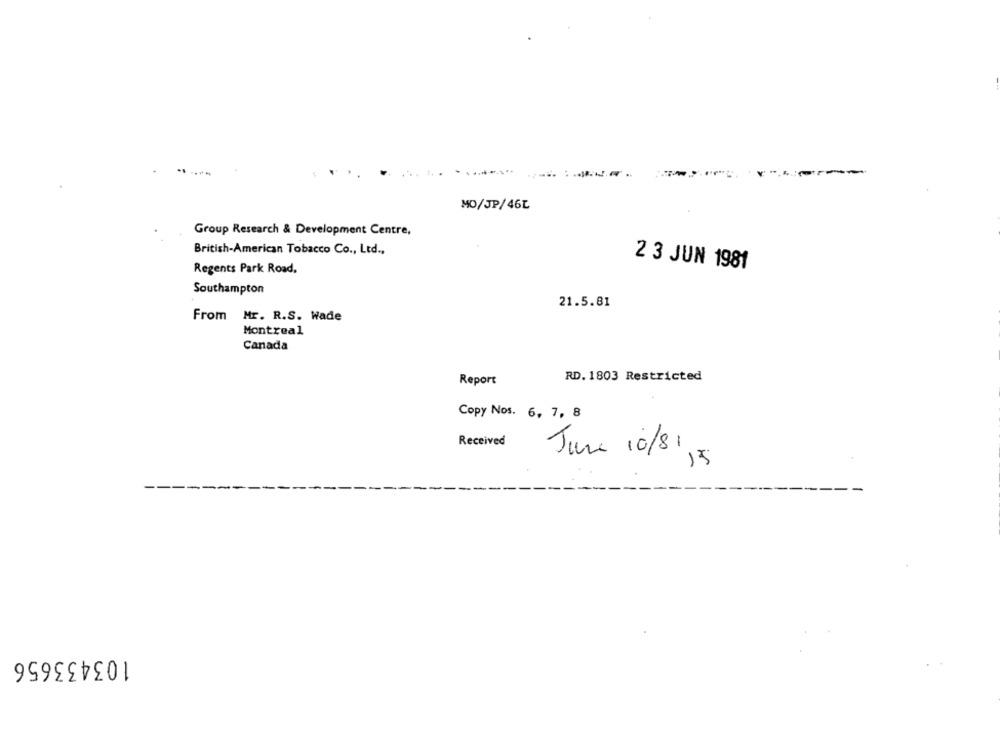
MO/JP/46L
Group Research & Development Centre,
British-American Tobacco Co ., Ltd .,
Regents Park Road.
2 3 JUN 1981
Southampton
21.5.81
From Mr. R.S. Wade
Montreal
Canada
Report
RD. 1803 Restricted
Copy Nos. 6, 7, 8
Received
June 10/81
15
103433656